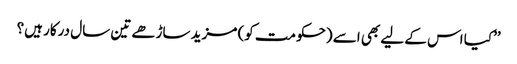
’’کیا اس کے لیے بھی اسے (حکومت کو) مزید ساڑھے تین سال درکار ہیں؟